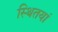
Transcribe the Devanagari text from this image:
स्थितयां